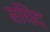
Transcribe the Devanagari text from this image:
संचिद